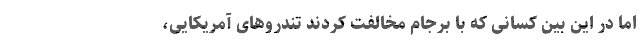
اما در این بین کسانی که با برجام مخالفت کردند تندروهای آمریکایی،